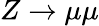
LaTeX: Z\to\mu\mu